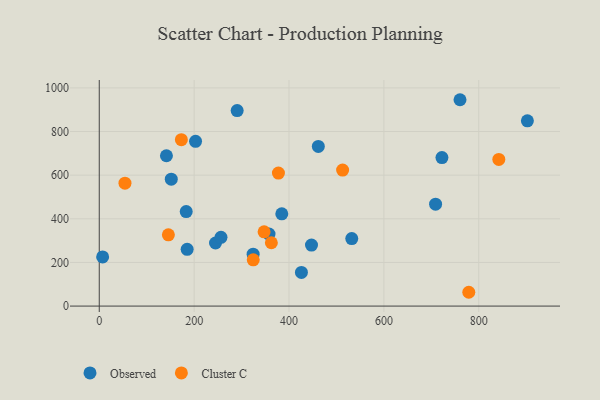
{"axis": {"x": "Ad Spend", "y": "Exam Score"}, "legend": ["Cluster C", "Observed"], "data": [{"x": "245.1", "y": 289.1, "type": "Observed"}, {"x": "902.5", "y": 849.1, "type": "Observed"}, {"x": "447.4", "y": 279.4, "type": "Observed"}, {"x": "151.8", "y": 581.8, "type": "Observed"}, {"x": "203.0", "y": 754.9, "type": "Observed"}, {"x": "7.1", "y": 225.2, "type": "Observed"}, {"x": "256.6", "y": 315.2, "type": "Observed"}, {"x": "426.2", "y": 154.2, "type": "Observed"}, {"x": "183.3", "y": 433.3, "type": "Observed"}, {"x": "185.3", "y": 259.9, "type": "Observed"}, {"x": "722.4", "y": 680.5, "type": "Observed"}, {"x": "461.8", "y": 731.9, "type": "Observed"}, {"x": "141.6", "y": 688.9, "type": "Observed"}, {"x": "760.5", "y": 945.7, "type": "Observed"}, {"x": "532.3", "y": 309.4, "type": "Observed"}, {"x": "709.0", "y": 467.2, "type": "Observed"}, {"x": "384.8", "y": 422.9, "type": "Observed"}, {"x": "324.4", "y": 238.0, "type": "Observed"}, {"x": "357.9", "y": 330.0, "type": "Observed"}, {"x": "290.7", "y": 896.1, "type": "Observed"}, {"x": "324.6", "y": 211.9, "type": "Cluster C"}, {"x": "513.0", "y": 623.1, "type": "Cluster C"}, {"x": "362.8", "y": 290.2, "type": "Cluster C"}, {"x": "377.7", "y": 609.5, "type": "Cluster C"}, {"x": "842.3", "y": 671.9, "type": "Cluster C"}, {"x": "347.5", "y": 340.1, "type": "Cluster C"}, {"x": "173.1", "y": 762.6, "type": "Cluster C"}, {"x": "779.0", "y": 63.3, "type": "Cluster C"}, {"x": "54.2", "y": 563.4, "type": "Cluster C"}, {"x": "145.7", "y": 326.4, "type": "Cluster C"}]}